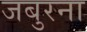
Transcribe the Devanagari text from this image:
जबुरना